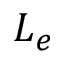
L _ { e }